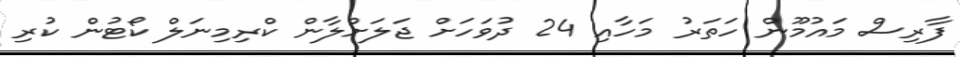
ފާރިސް މައުމޫން ހަތަރު މަހާއި 24 ދުވަހަށް ޖަލަށްލާން ކްރިމިނަލް ކޯޓުން ކުރި